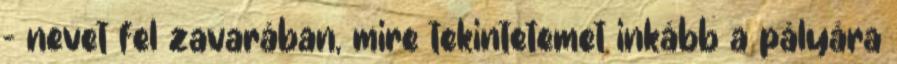
- nevet fel zavarában, mire tekintetemet inkább a pályára